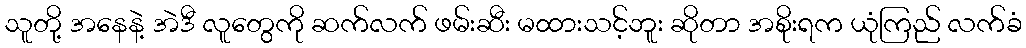
သူတို့ အနေနဲ့ အဲဒီ လူတွေကို ဆက်လက် ဖမ်းဆီး မထားသင့်ဘူး ဆိုတာ အစိုးရက ယုံကြည် လက်ခံ